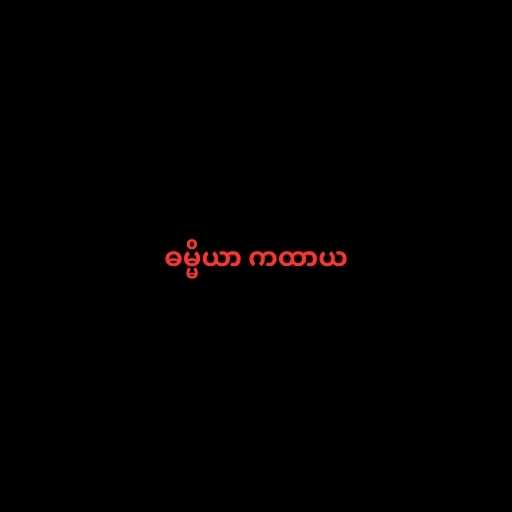
ဓမ္မိယာ ကထာယ